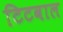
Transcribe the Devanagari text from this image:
टिटवाल